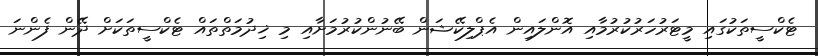
ޓެކްސީތަކުގައި މީޓަރުހަރުކުރުމާއި އޮންލައިން އެޕްލިކޭޝަން ބޭނުންކުރުމަށާއި މި ޚިދުމަތްތައް ޓެކްސީތަކަށް ދޭން ފެންނަ